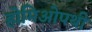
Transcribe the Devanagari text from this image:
होमिओपथी